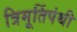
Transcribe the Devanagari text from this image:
त्रिमूर्तिपंथी